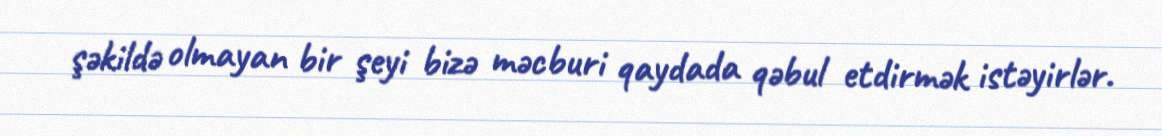
şəkildə olmayan bir şeyi bizə məcburi qaydada qəbul etdirmək istəyirlər.